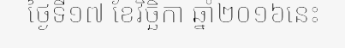
ថ្ងៃទី១៧ ខែវិច្ឆិកា ឆ្នាំ២០១៦នេះ